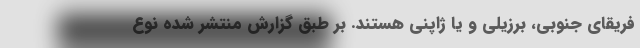
فریقای جنوبی، برزیلی و یا ژاپنی هستند. بر طبق گزارش منتشر شده نوع